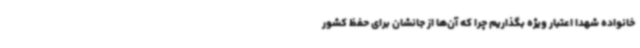
خانواده شهدا اعتبار ویژه بگذاریم چرا که آن‌ها از جانشان برای حفظ کشور